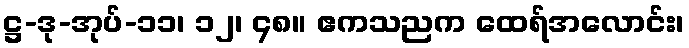
ဋ္ဌ-ဒု-အုပ်-၁၁၊ ၁၂၊ ၄၈။ ဧကသညက ထေရ်အလောင်း၊